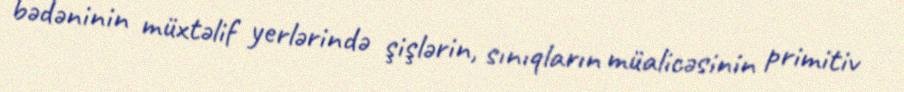
bədəninin müxtəlif yerlərində şişlərin, sınıqların müalicəsinin primitiv